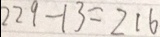
2 2 9 - 1 3 = 2 1 6